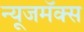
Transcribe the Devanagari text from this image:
न्यूजमॅक्स